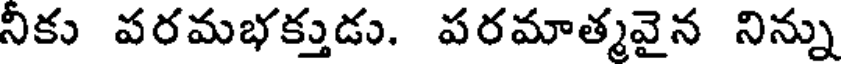
నీకు పరమభక్తుడు. పరమాత్మవైన నిన్ను